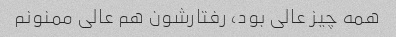
همه چیز عالی بود، رفتارشون هم عالی ممنونم